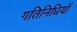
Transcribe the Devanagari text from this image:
गतिनिधियाँ